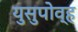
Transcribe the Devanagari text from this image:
युसुपोव्ह